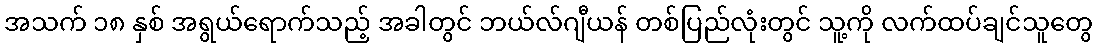
အသက် ၁၈ နှစ် အရွယ်ရောက်သည့် အခါတွင် ဘယ်လ်ဂျီယန် တစ်ပြည်လုံးတွင် သူ့ကို လက်ထပ်ချင်သူတွေ